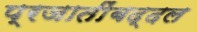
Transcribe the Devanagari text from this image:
प्रजातींबद्दल